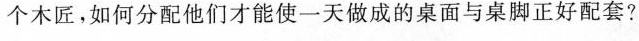
个木匠，如何分配他们才能使一天做成的桌面与桌脚正好配套?